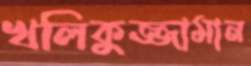
খলিকুজ্জামান